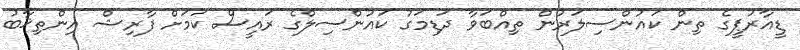
ޑީއާރުޕީގެ ތިން ކައުންސިލަރުން ތިއްބަވާ ދަޑިމަގު ކައުންސިލްގެ ރައީސް ކަމަށް ފާރިޝް އިންތިޚާބު